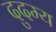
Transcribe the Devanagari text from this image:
दुदम्य